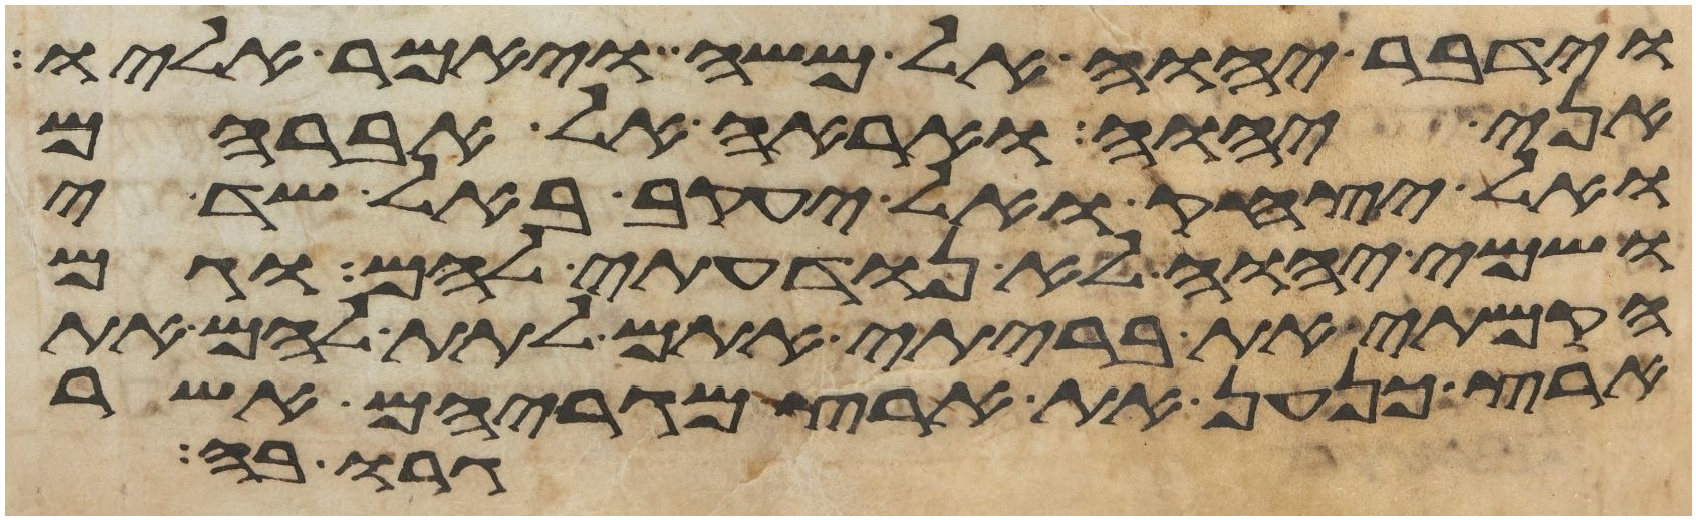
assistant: וידבר יהוה אל משה ויאמר אליו
אני יהוה ואראה אל אברהם
ואל יצחק ואל יעקב באל שדי
ושמי יהוה לא נודעתי להם וגם
הקמתי את בריתי אתם לתת להם את
ארץ כנען את ארץ מגריהם אשר
גרו בה